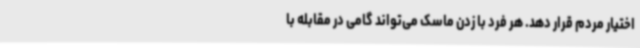
اختیار مردم قرار دهد. هر فرد با زدن ماسک می‌تواند گامی در مقابله با